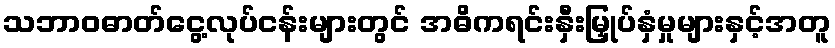
သဘာဝဓာတ်ငွေ့လုပ်ငန်းများတွင် အဓိကရင်းနှီးမြှုပ်နှံမှုများနှင့်အတူ